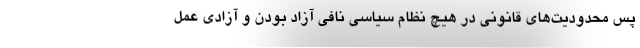
پس محدودیت‌های قانونی در هیچ نظام سیاسی نافی آزاد بودن و آزادی عمل